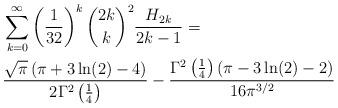
LaTeX: \begin{align*} & \sum_{k = 0}^{\infty} \left( \frac{1}{32} \right)^{k} \binom{2k}{k}^2 \frac{H_{2k}}{2k-1} = \\ & \frac{\sqrt{\pi}\left( \pi + 3 \ln(2) - 4\right)}{2 \Gamma^{2}\left( \frac{1}{4} \right)} - \frac{ \Gamma^{2}\left( \frac{1}{4} \right) \left( \pi - 3 \ln(2) - 2\right) }{16 \pi^{3/2}} \end{align*}